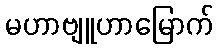
မဟာဗျူဟာမြောက်